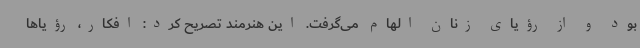
بود و از رؤیای زنان الهام می‌گرفت. این هنرمند تصریح کرد: افکار، رؤیاها